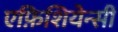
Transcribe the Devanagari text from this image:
एफ़िशियेन्सी